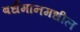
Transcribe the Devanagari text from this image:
बर्धमानमधील